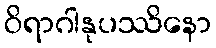
ဝိရာဂါနုပဿိနော